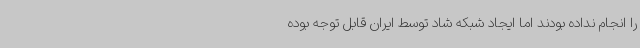
را انجام نداده بودند اما ایجاد شبکه شاد توسط ایران قابل توجه بوده